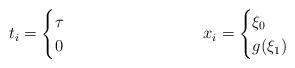
LaTeX: \begin{align*} t_i = \begin{cases} \tau & \\ 0 & \end{cases} && x_i = \begin{cases} \xi_0 & \\ g(\xi_1) & \end{cases}\end{align*}